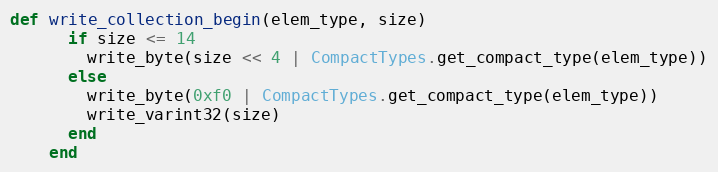
Language: Ruby
def write_collection_begin(elem_type, size)
      if size <= 14
        write_byte(size << 4 | CompactTypes.get_compact_type(elem_type))
      else
        write_byte(0xf0 | CompactTypes.get_compact_type(elem_type))
        write_varint32(size)
      end
    end